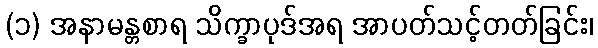
(၁) အနာမန္တစာရ သိက္ခာပုဒ်အရ အာပတ်သင့်တတ်ခြင်း၊